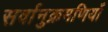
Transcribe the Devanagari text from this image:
सर्वानुक्रमणियाँ